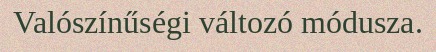
Valószínűségi változó módusza.